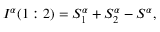
I ^ { \alpha } ( 1 : 2 ) = S _ { 1 } ^ { \alpha } + S _ { 2 } ^ { \alpha } - S ^ { \alpha } ,